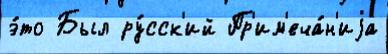
э́то Был ру́сск'ий Пр'им'еча́н'иjа